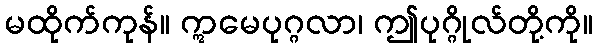
မထိုက်ကုန်။ ဣမေပုဂ္ဂလာ၊ ဤပုဂ္ဂိုလ်တို့ကို။